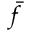
\bar { f }